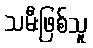
သမီးဖြစ်သူ